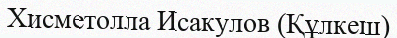
Хисметолла Исакулов (Құлкеш)